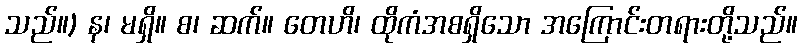
သည်။) န၊ မရှိ။ စ၊ ဆက်။ တေဟိ၊ ထိုကံအစရှိသော အကြောင်းတရားတို့သည်။